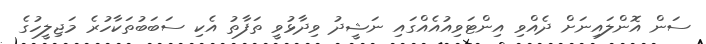
ސަން އޮންލައިނަށް ދެއްވި އިންޓަވިއުއެއްގައި ނަޝީދު ވިދާޅުވީ ތަފާތު އެކި ސަބަބުތަކާހުރެ މަޖިލީހުގެ